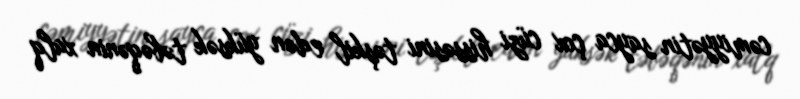
cəmiyyətin sayca çox cüzi hissəsini təşkil edən yüksək təbəqənin xalq